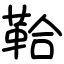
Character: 鞈